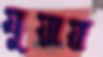
যুয়ায়